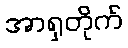
အာရှတိုက်